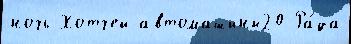
ночь Хотчей автомашины20 Ра́да